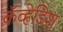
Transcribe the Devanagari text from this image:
कॅव्हेडिश